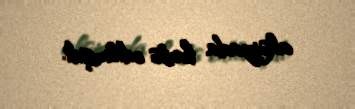
aksiyada həbs edilmişdi.